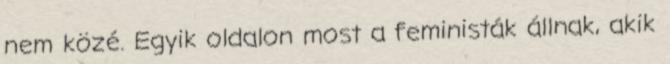
nem közé. Egyik oldalon most a feministák állnak, akik